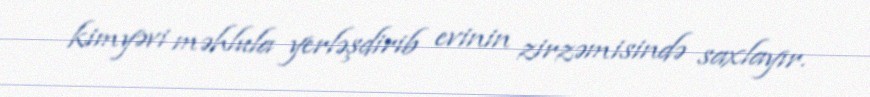
kimyəvi məhlula yerləşdirib evinin zirzəmisində saxlayır.